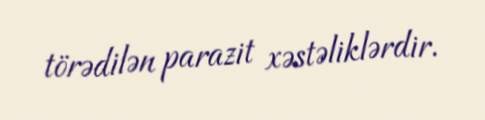
törədilən parazit xəstəliklərdir.